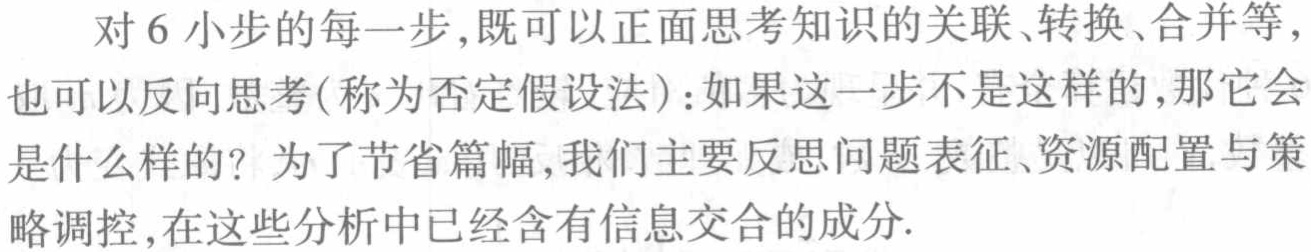
对6小步的每一步,既可以正面思考知识的关联、转换、合并等,也可以反向思考(称为否定假设法)：如果这一步不是这样的,那它会是什么样的？为了节省篇幅,我们主要反思问题表征、资源配置与策略调控,在这些分析中已经含有信息交合的成分.